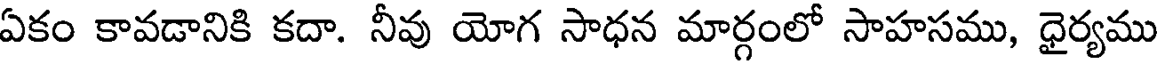
ఏకం కావడానికి కదా. నీవు యోగ సాధన మార్గంలో సాహసము, ధైర్యము